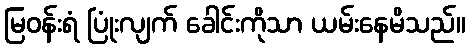
မြဝန်းရံ ပြုံးလျက် ခေါင်းကိုသာ ယမ်းနေမိသည်။